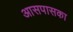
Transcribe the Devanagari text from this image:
आसपासका